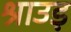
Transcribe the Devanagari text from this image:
श्राउड़